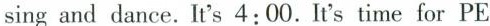
sing and dance. It's 4:00. It's time for PE